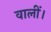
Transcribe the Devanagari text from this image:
वालीं।